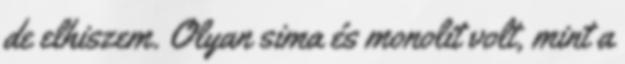
de elhiszem. Olyan sima és monolit volt, mint a